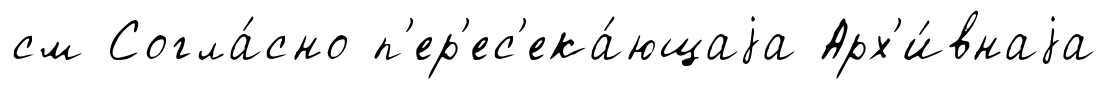
см Согла́сно п'ер'ес'ека́ющаjа Арх'и́внаjа